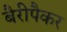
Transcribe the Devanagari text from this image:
बैरीपैकर